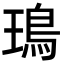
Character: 鳿